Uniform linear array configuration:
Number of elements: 32
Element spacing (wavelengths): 0.5
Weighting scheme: exponential
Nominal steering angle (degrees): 45
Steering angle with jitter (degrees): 44.049
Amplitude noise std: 0.05
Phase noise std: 0.05

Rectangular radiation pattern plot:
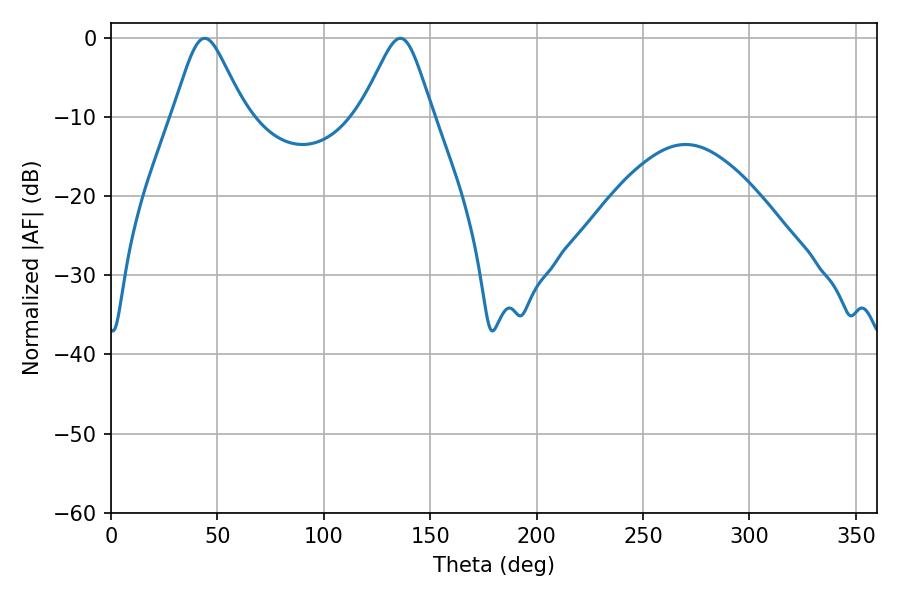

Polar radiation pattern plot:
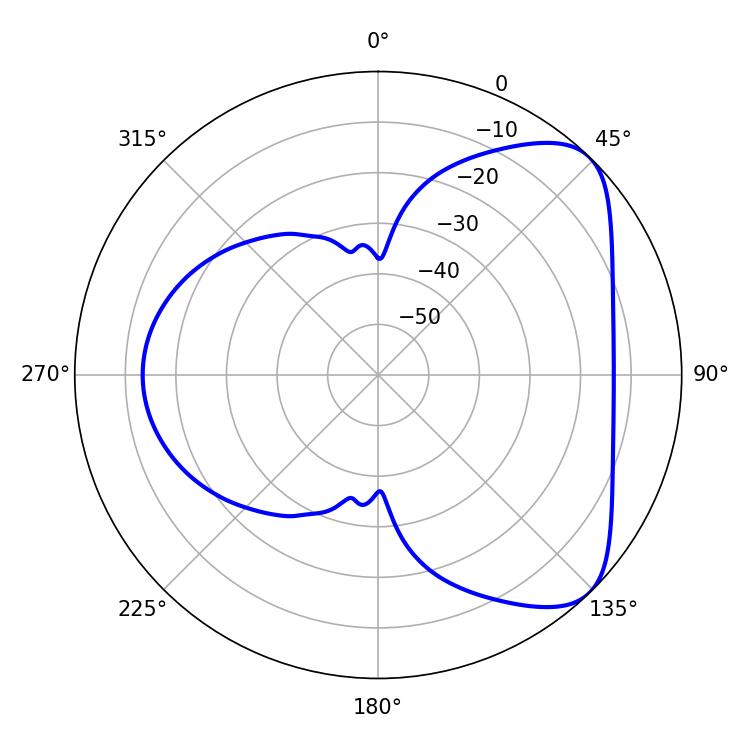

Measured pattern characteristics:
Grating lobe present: FALSE
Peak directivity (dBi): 6.17
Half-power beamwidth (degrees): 16.2
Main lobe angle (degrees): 135.9